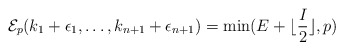
\begin{align*}\mathcal{E}_p(k_1+ \epsilon_1, \ldots, k_{n+1}+\epsilon_{n+1})=\mathrm{min}(E+\lfloor \frac{I}{2}\rfloor, p)\end{align*}